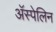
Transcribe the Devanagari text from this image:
अॅस्पेलिन